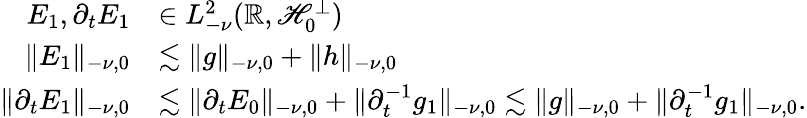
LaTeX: \begin{array}{rl}{E_{1},\partial_{t}E_{1}}&{\in L_{-\nu}^{2}(\mathbb{R},\mathscr{H}_{0}^{\bot})}\\ {\lVert E_{1}\rVert_{-\nu,0}}&{\lesssim\lVert g\rVert_{-\nu,0}+\lVert h\rVert_{-\nu,0}}\\ {\lVert\partial_{t}E_{1}\rVert_{-\nu,0}}&{\lesssim\lVert\partial_{t}E_{0}\rVert_{-\nu,0}+\lVert\partial_{t}^{-1}g_{1}\rVert_{-\nu,0}\lesssim\lVert g\rVert_{-\nu,0}+\lVert\partial_{t}^{-1}g_{1}\rVert_{-\nu,0}.}\end{array}